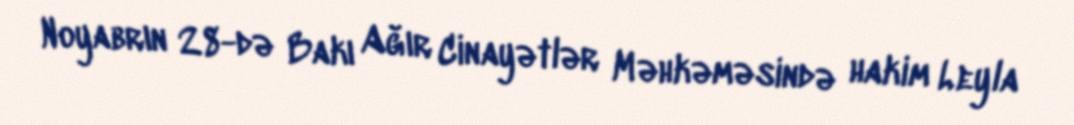
Noyabrın 28-də Bakı Ağır Cinayətlər Məhkəməsində hakim Leyla